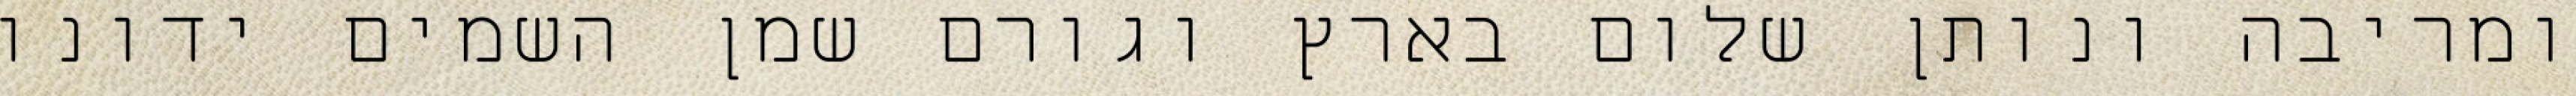
ומריבה ונותן שלום בארץ וגורם שמן השמים ידונו